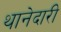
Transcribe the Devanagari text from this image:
थानेदारी